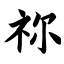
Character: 祢